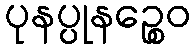
ပုနပ္ပုနဉ္စေဝ